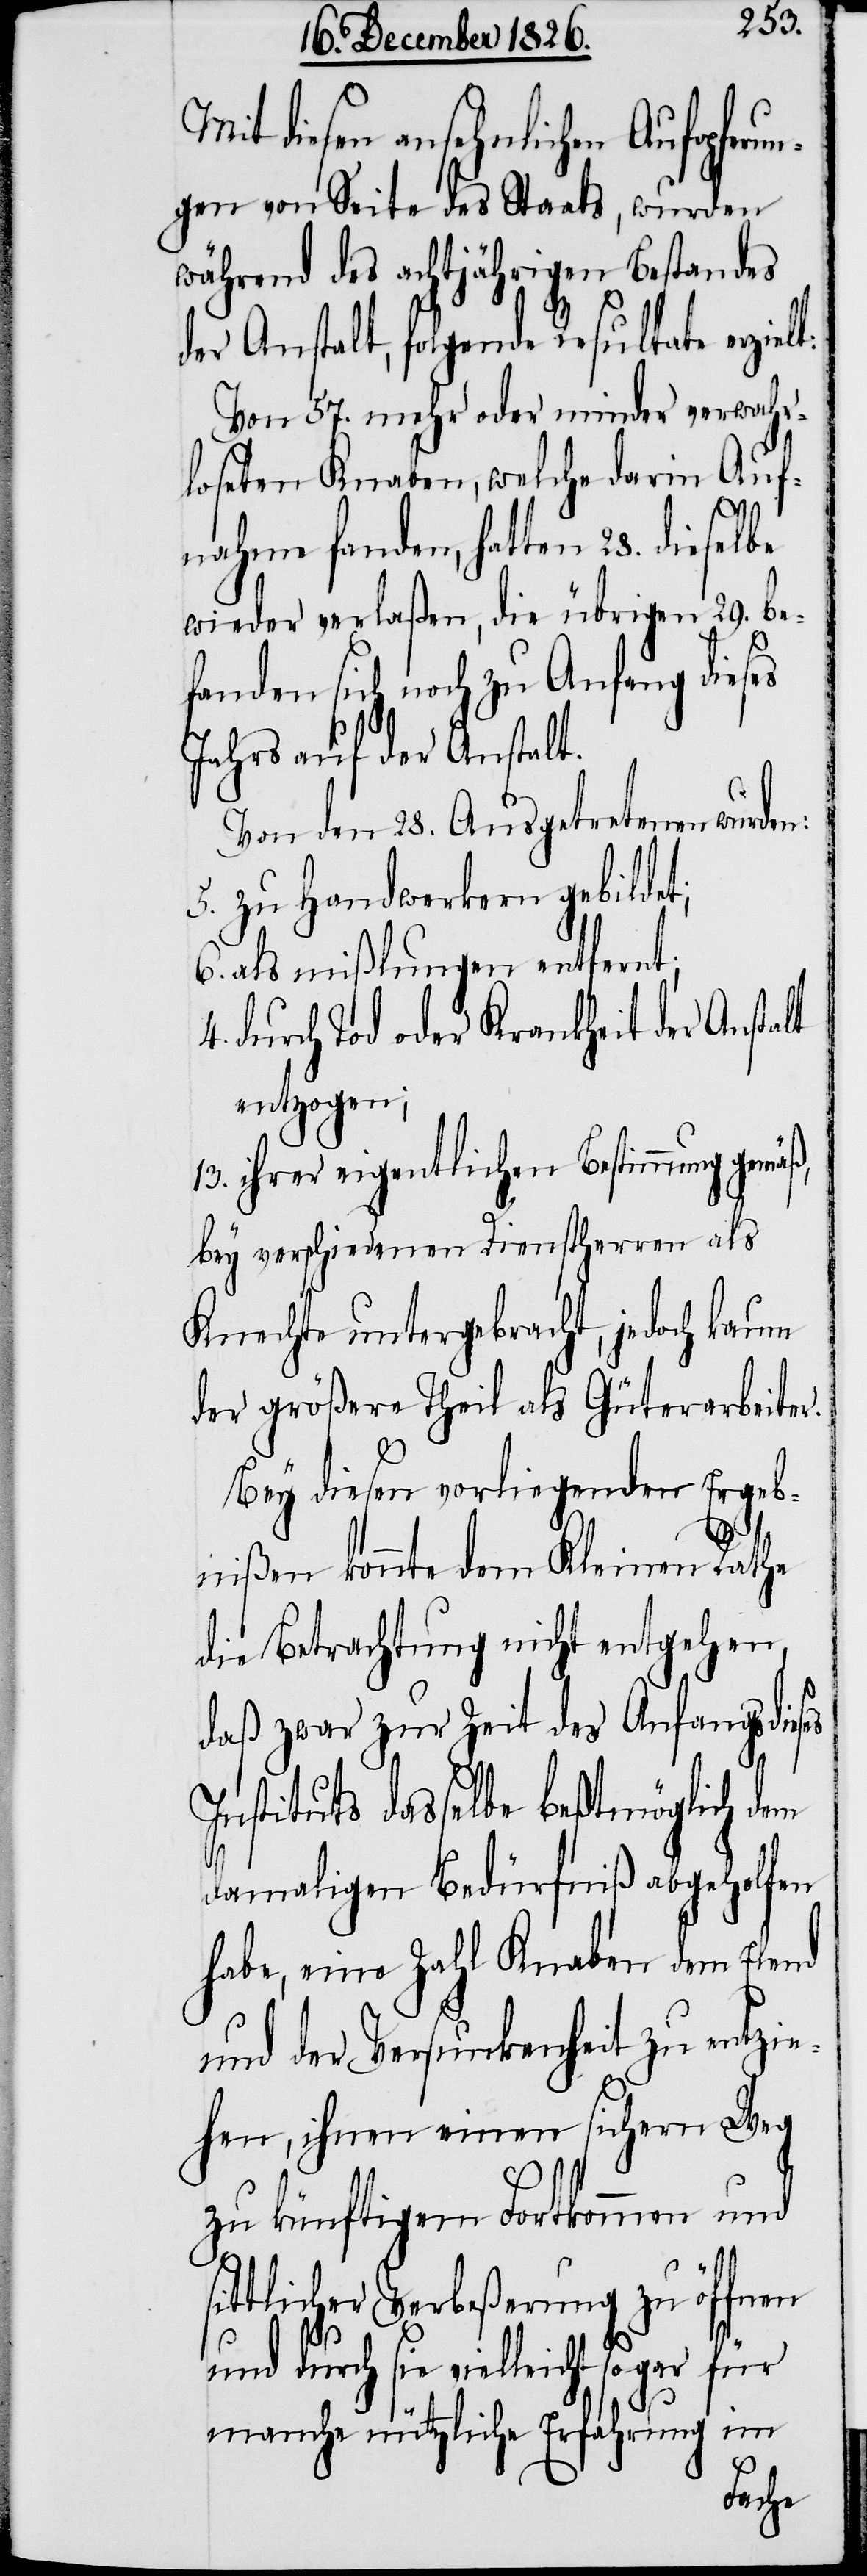
Mit diesen ansehnlichen Aufopfer¬
gen von Seite des Staats, wurden
während des achtjährigen Bestandes
der Anstalt, folgende Resultate erzielt:
Von 57. mehr oder minder verwahr¬
loseten Knaben, welche darin Auf¬
nahme fanden, hatten 28. dieselbe
wieder verlaßen, die übrigen 29. be¬
fanden sich noch zu Anfang dieses
Jahrs auf der Anstalt.
Von den 28. Ausgetretenen wurden:
5. zu Handwerkern gebildet;
6. als mißlungen entfernt;
4. durch Tod oder Krankheit der Anstalt
entzogen;
13. ihrer eigentlichen Bestimmung gemäß,
bey verschiedenen Dienstherren als
Knechte untergebracht, jedoch kaum
der größere Theil als Güterarbeiter.
Bey diesen vorliegenden Ergeb¬
un¬
nißen konnte dem Kleinen Rathe
die Betrachtung nicht entgehen,
daß zwar zur Zeit des Anfangs dieses
Instituts dasselbe beßtmöglich dem
damaligen Bedürfniß abgeholfen
habe, eine Zahl Knaben dem Elend
und der Versunkenheit zu entzie¬
hen, ihnen einen sichern Weg
zu künftigem Fortkommen und
sittlicher Verbeßerung zu öffnen
und durch sie vielleicht sogar
manche nützliche Erfahrung im